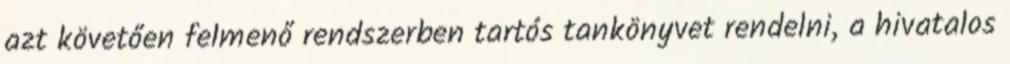
azt követően felmenő rendszerben tartós tankönyvet rendelni, a hivatalos